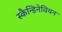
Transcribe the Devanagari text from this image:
स्कैन्डिनेवियन